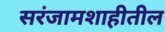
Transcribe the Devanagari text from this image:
सरंजामशाहीतील